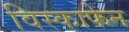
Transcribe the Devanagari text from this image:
विस्काफेन